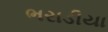
ભરાડીયા